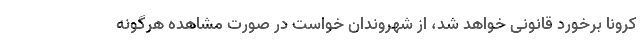
کرونا برخورد قانونی خواهد شد، از شهروندان خواست در صورت مشاهده هرگونه